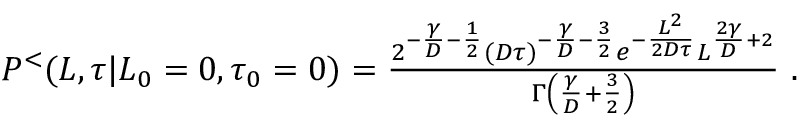
\begin{array} { r } { P ^ { < } ( L , \tau | L _ { 0 } = 0 , \tau _ { 0 } = 0 ) = \frac { 2 ^ { - \frac { \gamma } { D } - \frac { 1 } { 2 } } ( D \tau ) ^ { - \frac { \gamma } { D } - \frac { 3 } { 2 } } e ^ { - \frac { L ^ { 2 } } { 2 D \tau } } L ^ { \frac { 2 \gamma } { D } + 2 } } { \Gamma \left( \frac { \gamma } { D } + \frac { 3 } { 2 } \right) } \ . } \end{array}